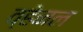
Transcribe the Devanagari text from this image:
व्हेनल